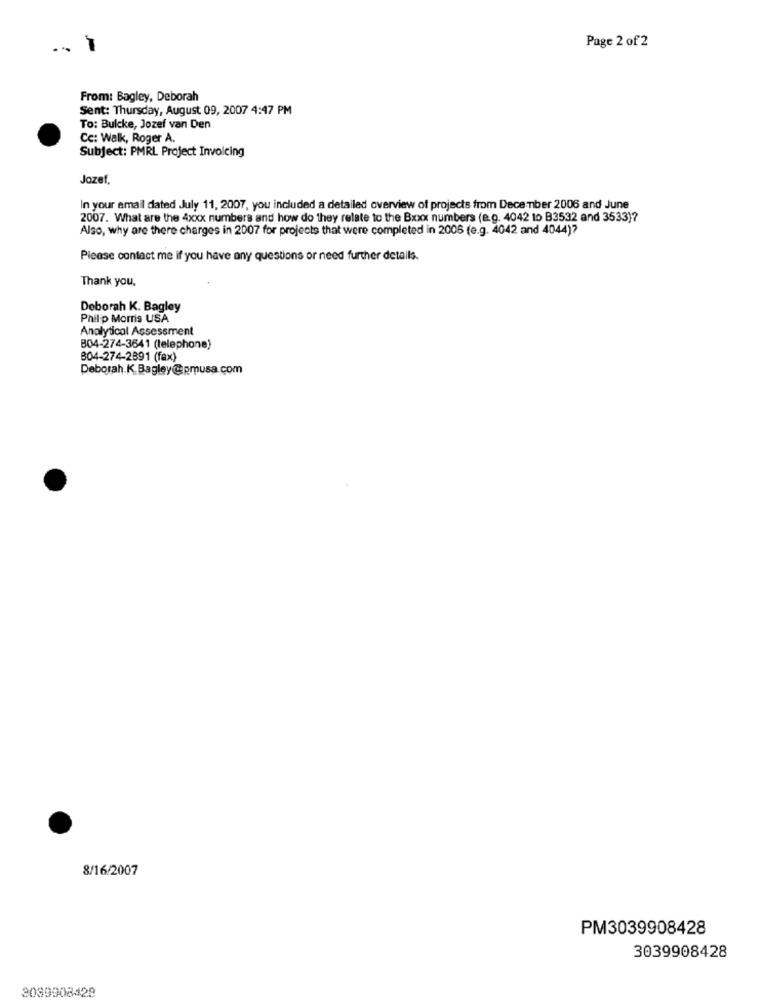
Page 2 of 2
From: Bagley, Deborah
Sent: Thursday, August 09, 2007 4:47 PM
To: Bulcke, Jozef van Den
Cc: Walk, Roger A.
Subject: PMRL Project Invoicing
Jozef,
In your email dated July 11, 2007, you included a detailed overview of projects from December 2006 and June
2007. What are the 4xxx numbers and how do they relate to the Bxxx numbers (e.g. 4042 to B3532 and 3533)?
Also, why are there charges in 2007 for projects that were completed in 2006 (e.g. 4042 and 4044)7
Please contact me if you have any questions or need further details.
Thank you.
Deborah K. Bagley
Philip Morris USA
Analytical Assessment
804-274-3641 (telephone)
804-274-2891 (fax)
Deborah.K. Bagley@pmusa.com
8/16/2007
PM3039908428
3039908428
3089908428